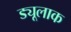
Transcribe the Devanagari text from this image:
ड्यूलाक